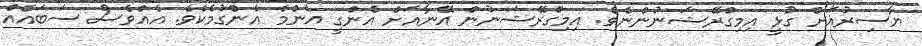
ޔާސިރުއަށް ގުޅީ އިމިގްރޭޝަނުންނެވެ. އިމިގްރޭޝަނުން އޭނާއަށް އެންގީ އެންމެ އެންގުމެކެވެ. އެއްވެސް ސަބައެއް